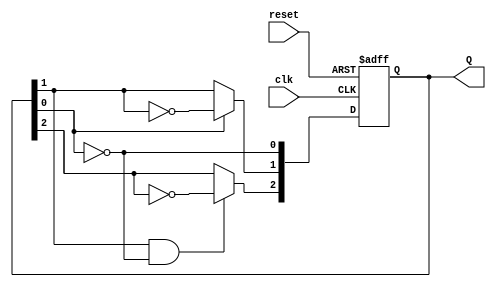
module ripple_counter (
    input wire clk,           // Clock input
    input wire reset,         // Asynchronous reset input
    output reg [2:0] Q        // 3-bit counter output
);

// Always block for the counter logic
always @(posedge clk or posedge reset) begin
    if (reset) begin
        Q <= 3'b000;         // Asynchronous reset to 0
    end else begin
        // T flip-flop behavior
        Q[0] <= ~Q[0];       // Toggle LSB on every clock pulse
        Q[1] <= Q[0] ? ~Q[1] : Q[1];  // Toggle when Q[0] goes from 1 to 0
        Q[2] <= Q[1] & ~Q[0] ? ~Q[2] : Q[2]; // Toggle when Q[1] goes from 1 to 0
    end
end

endmodule